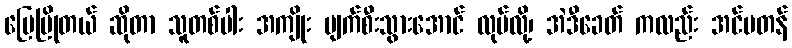
မြေမြိုတယ် ဆိုတာ သူတစ်ပါး အကျိုး ပျက်စီးသွားအောင် လုပ်လို့၊ အဲဒီခေတ် ကလည်း အင်မတန်